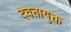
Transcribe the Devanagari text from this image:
देवतायुक्त